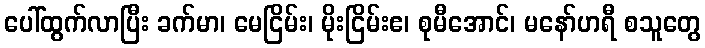
ပေါ်ထွက်လာပြီး ခက်မာ၊ မေငြိမ်း၊ မိုးငြိမ်းဧ၊ စုမီအောင်၊ မနော်ဟရီ စသူတွေ